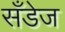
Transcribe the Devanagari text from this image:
सँडेज